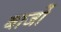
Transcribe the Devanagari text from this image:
बार्जों